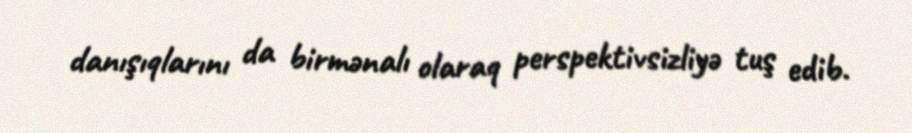
danışıqlarını da birmənalı olaraq perspektivsizliyə tuş edib.